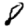
Digit: 8